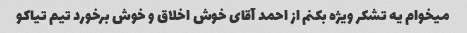
میخوام یه تشکر ویژه بکنم از احمد آقای خوش اخلاق و خوش برخورد تیم تیاکو